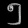
Digit: ၅